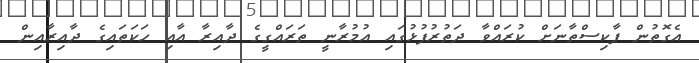
އެގޮތުން ޕާކިސްތާނަށް ކުރައްވާ ދަތުރުފުޅުގައި އުމުރާނީ ތަރައްގީގެ ދާއިރާ އާއި ހަކަތައިގެ ދާއިރާއިން